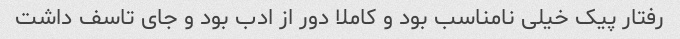
رفتار پیک خیلی نامناسب بود و کاملا دور از ادب بود و جای تاسف داشت